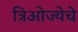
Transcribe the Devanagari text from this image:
त्रिओज्येचे